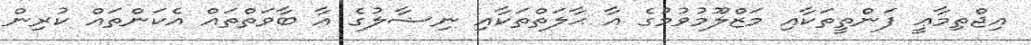
އިޖްތިމާޢީ ފަންތީތަކާއި މަޒްލޫމުވުމުގެ އާ ޙާލަތްތަކާއި ނިޟާލުގެ އާ ބާވަތްތައް އެކަންތައް ކުރިން